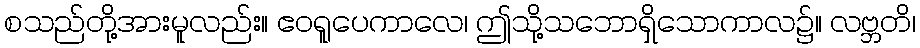
စသည်တို့အားမူလည်း။ ဧဝရူပေကာလေ၊ ဤသို့သဘောရှိသောကာလ၌။ လဗ္ဘတိ၊